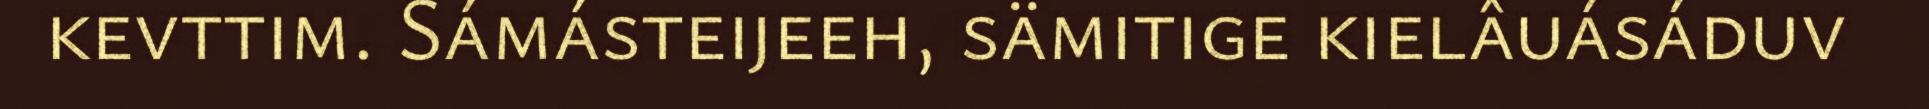
kevttim. Sámásteijeeh, sämitige kielâuásáduv